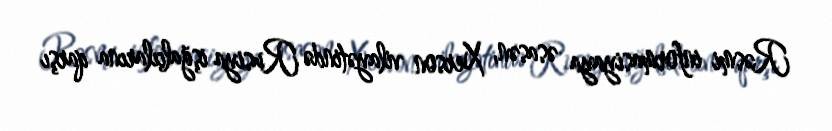
Rəsmi informasiyaya əsasən, Xerson vilayətində Rusiya işğalçılarına qarşı